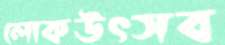
লোকউৎসব